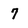
Character: 7